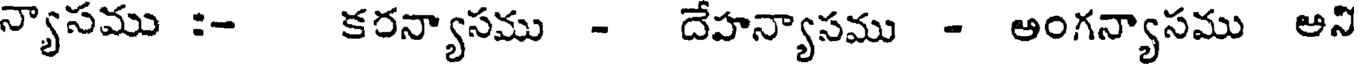
న్యాసము :- కరన్యాసము - దేహన్యాసము - అంగన్యాసము అని